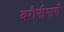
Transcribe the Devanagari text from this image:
बरौनीमार्गे